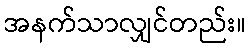
အနက်သာလျှင်တည်း။